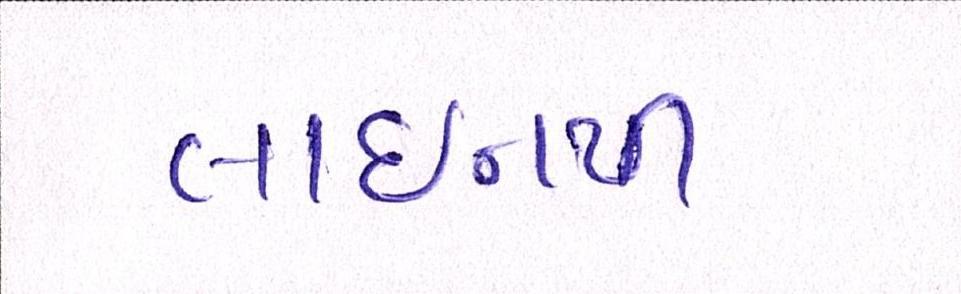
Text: લાઈનથી